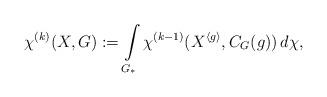
LaTeX: \begin{align*} \chi^{(k)}(X,G):=\int\limits_{{G_*}} \chi^{(k-1)}(X^{\langle g\rangle},C_G(g))\, d\chi,\end{align*}